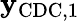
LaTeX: \mathbf{y}_{\mathrm{CDC},1}